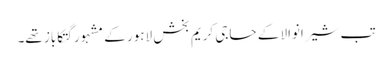
تب شیرانوالا کے حاجی کریم بخش لاہور کے مشہور گتکاباز تھے۔